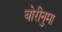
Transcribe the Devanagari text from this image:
बोरीनुमा